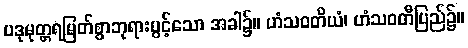
ပဒုမုတ္တရမြတ်စွာဘုရားပွင့်သော အခါ၌။ ဟံသဝတိယံ၊ ဟံသဝတီပြည်၌။